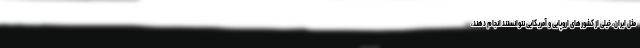
مثل ایران، خیلی از کشورهای اروپایی و آمریکایی نتوانستند انجام دهند،